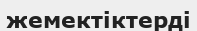
жемектіктерді